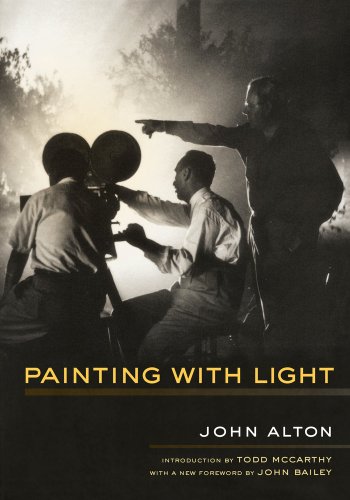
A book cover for Painting With Light; John Alton; Arts & Photography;